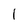
Character: 1